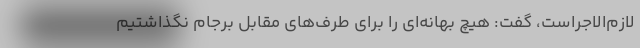
لازم‌الاجراست، گفت: هیچ بهانه‌ای را برای طرف‌های مقابل برجام نگذاشتیم